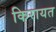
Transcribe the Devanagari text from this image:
किरायत